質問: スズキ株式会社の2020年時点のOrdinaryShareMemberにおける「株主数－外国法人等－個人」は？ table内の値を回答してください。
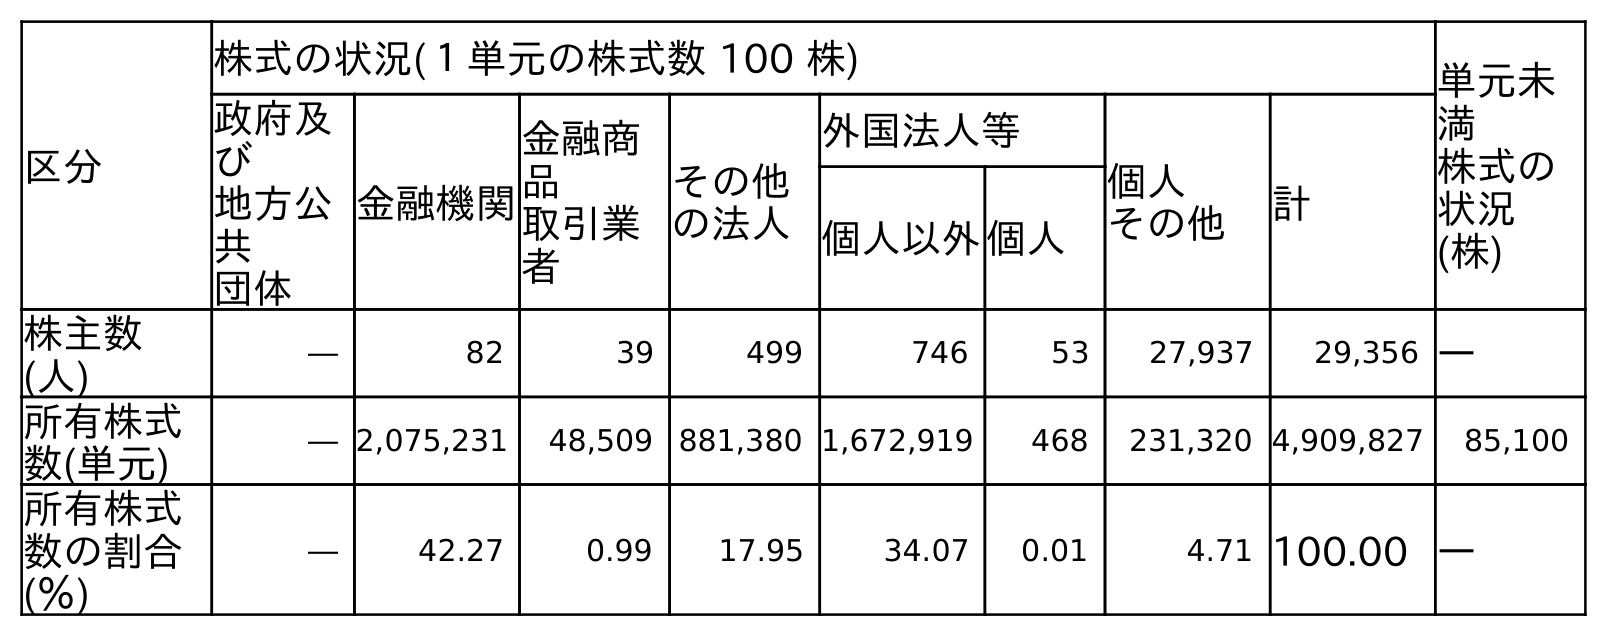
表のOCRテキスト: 区分 株式の状況(１単元の株式数 100 株) 単元未 満 株式の 状況 (株) 政府及 び 地方公 共 団体 金融機関 金融商 品 取引業 者 その他 の法人 外国法人等 個人 その他 計 個人以外個人 株主数 (人) ― 82 39 499 746 53 27,937 29,356 ― 所有株式 数(単元) ― 2,075,231 48,509 881,380 1,672,919 468 231,320 4,909,827 85,100 所有株式 数の割合 (％) ― 42.27 0.99 17.95 34.07 0.01 4.71 100.00 ―
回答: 53